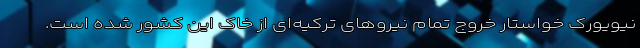
نیویورک خواستار خروج تمام نیروهای ترکیه‌ای از خاک این کشور شده است.